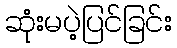
ဆုံးမပဲ့ပြင်ခြင်း